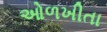
ઓળખીતા